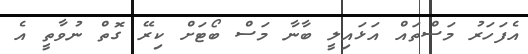
އެފަހަރު މަސްތައް އަޅައިލީ ބާނާ މަސް ބޯޓަށް ކިރޭ ގޮތް ނުވާތީ އެ